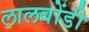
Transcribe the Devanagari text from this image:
लालबोंडी